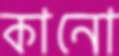
কানো